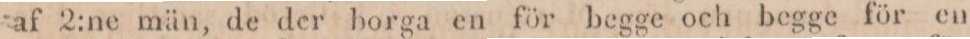
af 2:ne män, de der borga en för begge och begge för en